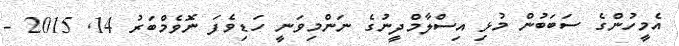
އެމީހުންގެ ސަބަބުން މުޅި އިސްލާމްދީނުގެ ނަންމިވަނީ ހަޑިވެފަ ނޮވެމްބަރު 14